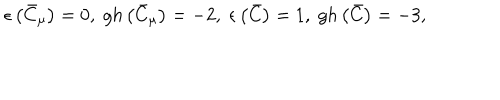
LaTeX: \epsilon \left( \bar { C } _ { \mu } \right) = 0 , \; g h \left( \bar { C } _ { \mu } \right) = - 2 , \; \epsilon \left( \bar { C } \right) = 1 , \; g h \left( \bar { C } \right) = - 3 ,